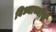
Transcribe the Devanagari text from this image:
विध्यार्थ्यांचे